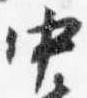
中